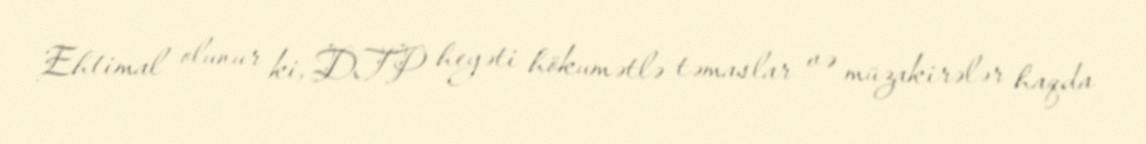
Ehtimal olunur ki, DTP heyəti hökumətlə təmaslar və müzakirələr haqda